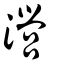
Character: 瀯